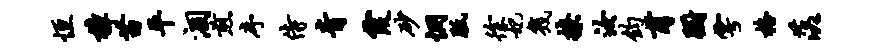
恒樟苗平涸煎序侍青霞砂惘胝徐妃几撩汝钧甫蹰雩格落